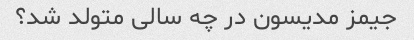
جیمز مدیسون در چه سالی متولد شد؟